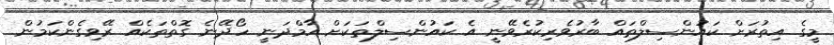
މީގެ އިތުރަށް ކައުންސިލްތައް ބާރުވެރިކުރެވޭނީ އެ ކައުންސިލްތަކަށް އާމްދަނީ ހޯދޭނެ ގޮތްތަކެއް ރޭވިގެންކަމުން